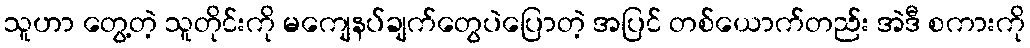
သူဟာ တွေ့တဲ့ သူတိုင်းကို မကျေနပ်ချက်တွေပဲပြောတဲ့ အပြင် တစ်ယောက်တည်း အဲဒီ စကားကို